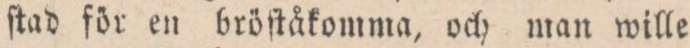
ſtad för en bröſtåkomma, och man wille